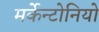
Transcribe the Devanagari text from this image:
मर्केन्टोनियो